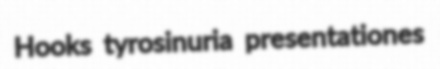
Hooks tyrosinuria presentationes